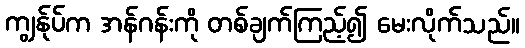
ကျွန်ုပ်က အန်ဂန်းကို တစ်ချက်ကြည့်၍ မေးလိုက်သည်။